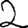
Digit: 2